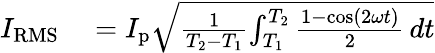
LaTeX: \begin{array}{rl}{I_{\mathrm{RMS}}}&{{}=I_{\mathrm{p}}{\sqrt{{\frac{1}{T_{2}-T_{1}}}{\int_{T_{1}}^{T_{2}}{\frac{1-\cos(2\omega t)}{2}}\, dt}}}}\end{array}